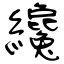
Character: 纔